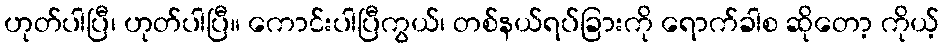
ဟုတ်ပါပြီ၊ ဟုတ်ပါပြီ။ ကောင်းပါပြီကွယ်၊ တစ်နယ်ရပ်ခြားကို ရောက်ခါစ ဆိုတော့ ကိုယ့်